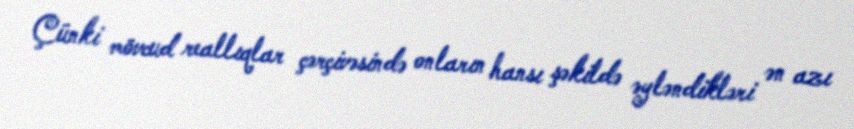
Çünki mövcud reallıqlar çərçivəsində onların hansı şəkildə əyləndikləri ən azı